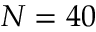
N = 4 0